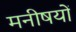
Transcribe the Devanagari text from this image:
मनीषयों